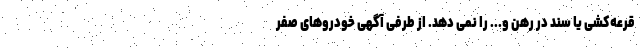
قرعه‌کشی یا سند در رهن و... را نمی دهد. از طرفی آگهی خودروهای صفر